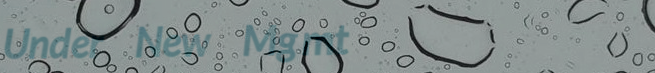
Under New Mgmt